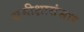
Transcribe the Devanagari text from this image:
समीक्षासंसार